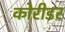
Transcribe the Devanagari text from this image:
कोरीडर